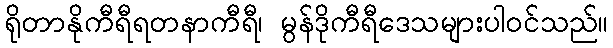
ရိုတာနိုကီရီရတနာကီရီ၊ မွန်ဒိုကီရီဒေသများပါဝင်သည်။